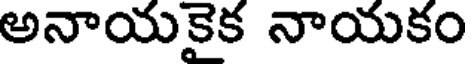
అనాయకైక నాయకం